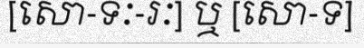
[សោ-ទៈ-រៈ] ឬ [សោ-ទ]